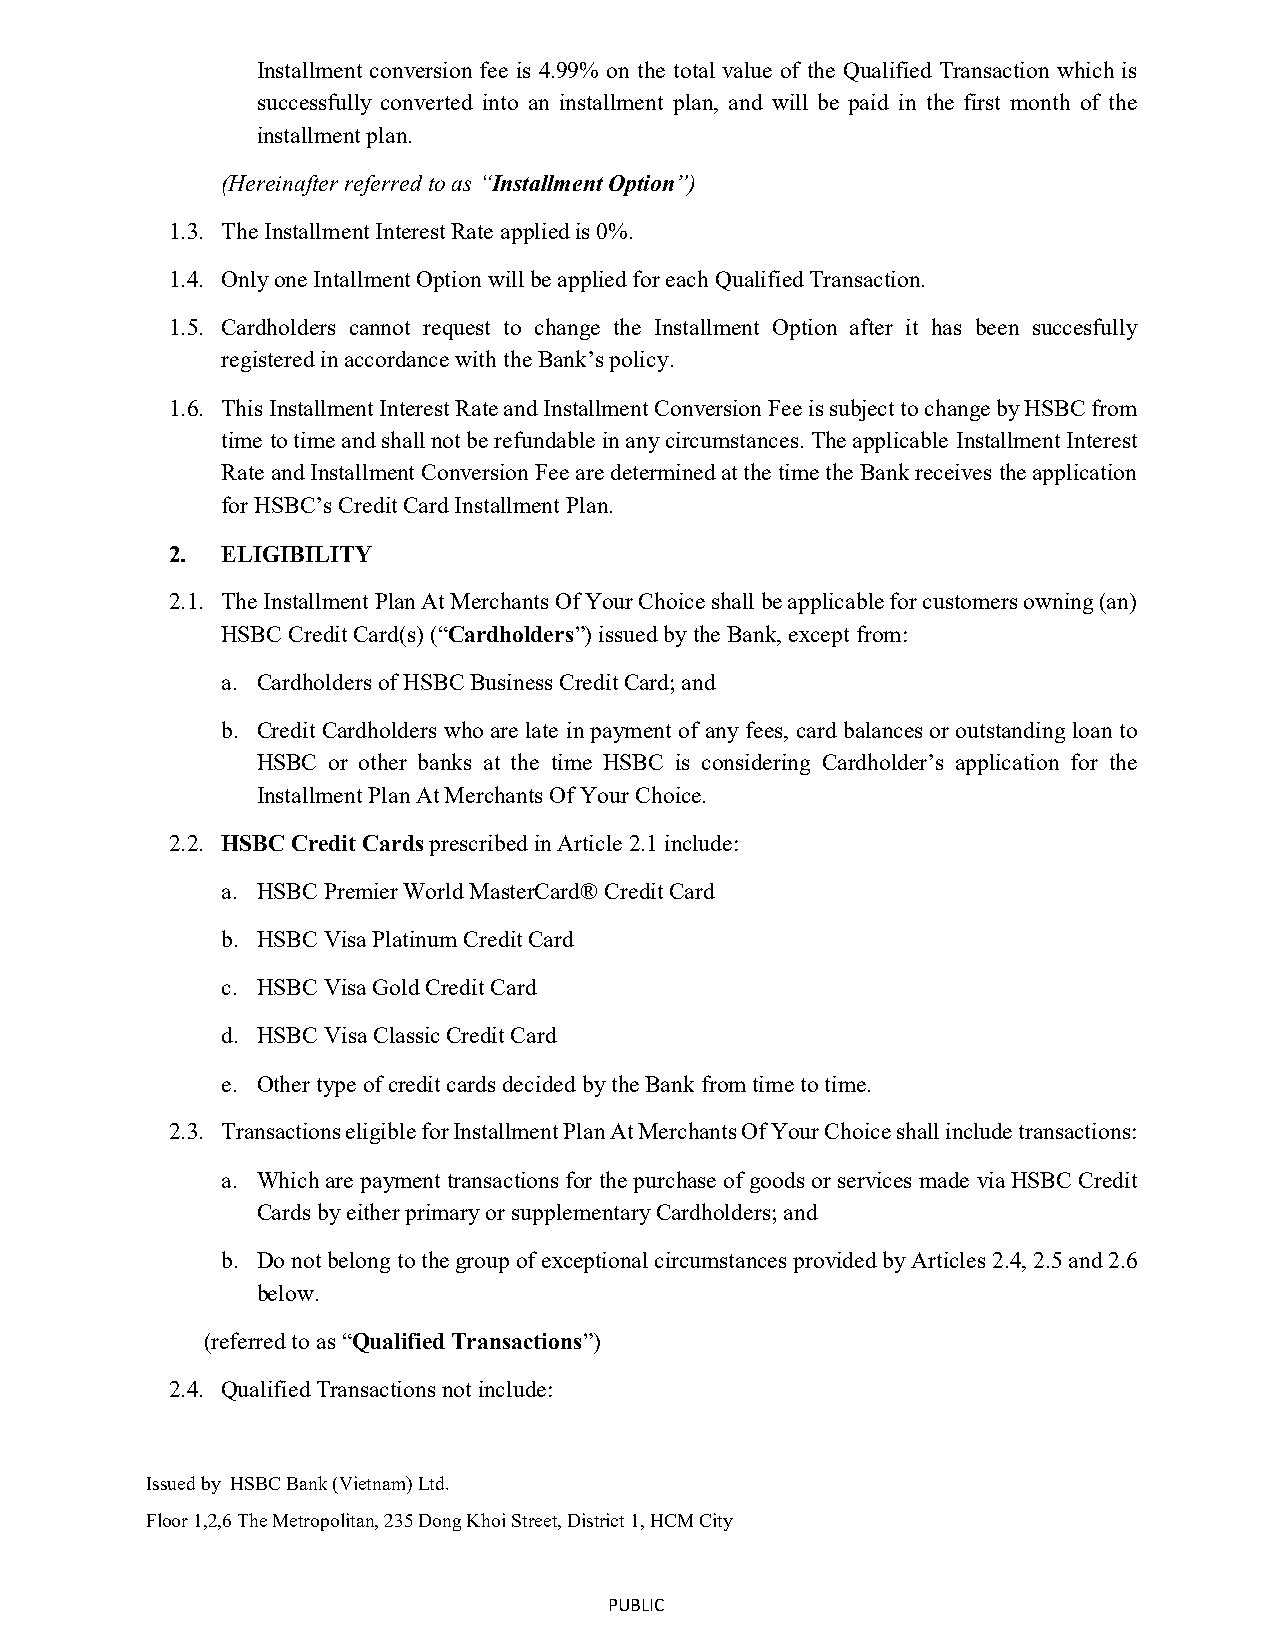
Installment conversion fee is 4.99% on the total value of the Qualified Transaction which is
 successfully converted into an installment plan, and will be paid in the first month of the
 installment plan.
 (Hereinafter referred to as “Installment Option”)
 1.3. The Installment Interest Rate applied is 0%.
 1.4. Only one Intallment Option will be applied for each Qualified Transaction.
 1.5. Cardholders cannot request to change the Installment Option after it has been succesfully
 registered in accordance with the Bank’s policy.
 1.6. This Installment Interest Rate and Installment Conversion Fee is subject to change by HSBC from
 time to time and shall not be refundable in any circumstances. The applicable Installment Interest
 Rate and Installment Conversion Fee are determined at the time the Bank receives the application
 for HSBC’s Credit Card Installment Plan.
 2.  ELIGIBILITY
 2.1. The Installment Plan At Merchants Of Your Choice shall be applicable for customers owning (an)
 HSBC Credit Card(s) (“Cardholders”) issued by the Bank, except from:
 a. Cardholders of HSBC Business Credit Card; and
 b. Credit Cardholders who are late in payment of any fees, card balances or outstanding loan to
 HSBC or other banks at the time HSBC is considering Cardholder’s application for the
 Installment Plan At Merchants Of Your Choice.
 2.2. HSBC Credit Cards prescribed in Article 2.1 include:
 a. HSBC Premier World MasterCard® Credit Card
 b. HSBC Visa Platinum Credit Card
 c. HSBC Visa Gold Credit Card
 d. HSBC Visa Classic Credit Card
 e. Other type of credit cards decided by the Bank from time to time.
 2.3. Transactions eligible for Installment Plan At Merchants Of Your Choice shall include transactions:
 a. Which are payment transactions for the purchase of goods or services made via HSBC Credit
 Cards by either primary or supplementary Cardholders; and
 b. Do not belong to the group of exceptional circumstances provided by Articles 2.4, 2.5 and 2.6
 below.
 (referred to as “Qualified Transactions”)
 2.4. Qualified Transactions not include:
 Issued by HSBC Bank (Vietnam) Ltd.
 Floor 1,2,6 The Metropolitan, 235 Dong Khoi Street, District 1, HCM City
 PUBLIC